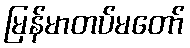
မြန်မာတပ်မတော်